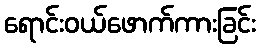
ရောင်းဝယ်ဖောက်ကားခြင်း